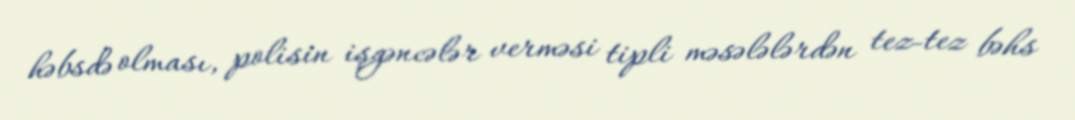
həbsdə olması, polisin işgəncələr verməsi tipli məsələlərdən tez-tez bəhs